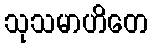
သုသမာဟိတေ